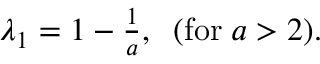
\begin{array} { r } { \lambda _ { 1 } = 1 - \frac { 1 } { a } , \; \; ( \mathrm { f o r } \; a > 2 ) . } \end{array}